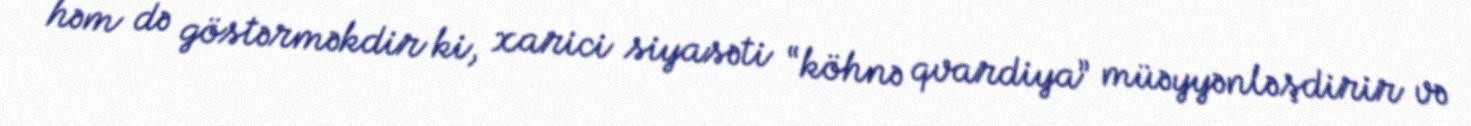
həm də göstərməkdir ki, xarici siyasəti “köhnə qvardiya” müəyyənləşdirir və